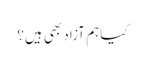
کیا ہم آزاد بھی ہیں؟